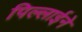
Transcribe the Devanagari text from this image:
पिल्लाईने